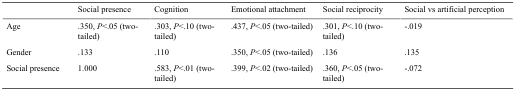
<table><thead><tr><td></td><td><b>Social presence</b></td><td><b>Cognition</b></td><td><b>Emotional attachment</b></td><td><b>Social reciprocity</b></td><td><b>Social vs artificial perception</b></td></tr></thead><tbody><tr><td>Age</td><td>.350, <i>P</i>&lt;.05 (two-tailed)</td><td>.303, <i>P</i>&lt;.10 (two-tailed)</td><td>.437, <i>P</i>&lt;.05 (two-tailed)</td><td>.301, <i>P</i>&lt;.10 (two-tailed)</td><td>-.019</td></tr><tr><td>Gender</td><td>.133</td><td>.110</td><td>.350, <i>P</i>&lt;.05 (two-tailed)</td><td>.136</td><td>.135</td></tr><tr><td>Social presence</td><td>1.000</td><td>.583, <i>P</i>&lt;.01 (two-tailed)</td><td>.399, <i>P</i>&lt;.02 (two-tailed)</td><td>.360, <i>P</i>&lt;.05 (two-tailed)</td><td>-.072</td></tr></tbody></table>